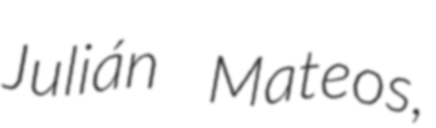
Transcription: Julián Mateos,